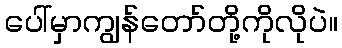
ပေါ်မှာကျွန်တော်တို့ကိုလိုပဲ။